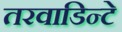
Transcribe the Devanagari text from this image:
तरवाडिन्टे